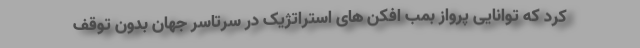
کرد که توانایی پرواز بمب افکن های استراتژیک در سرتاسر جهان بدون توقف